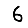
Digit: 6